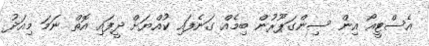
އެސްޓީއޯ އިން ސިންގަޕޫރުން ބިމެއް ގަނެފައި ކުއްޔަށް ދީފައި އޮތް ނަމަ މިއަދު